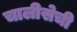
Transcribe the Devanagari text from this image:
चालीसेची